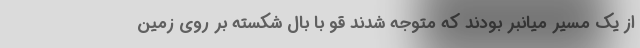
از یک مسیر میانبر بودند که متوجه شدند قو با بال شکسته بر روی زمین